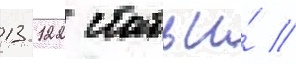
13 122 статьи́ //